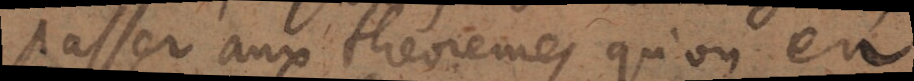
passer aux theoremes qu’on en